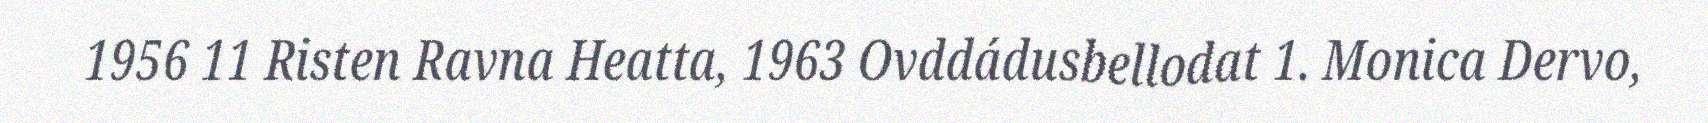
1956 11 Risten Ravna Heatta, 1963 Ovddádusbellodat 1. Monica Dervo,